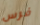
فرس